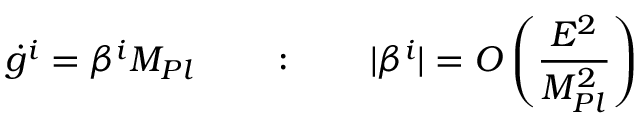
{ \dot { g } } ^ { i } = \beta ^ { i } M _ { P l } \qquad : \qquad | \beta ^ { i } | = { \cal O } \left( \frac { E ^ { 2 } } { M _ { P l } ^ { 2 } } \right)